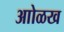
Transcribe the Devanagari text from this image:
आोळख